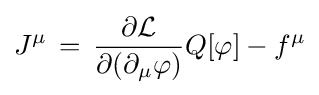
J^{\mu }\,=\,{\frac {\partial {\mathcal {L}}}{\partial (\partial _{\mu }\varphi )}}Q[\varphi ]-f^{\mu }